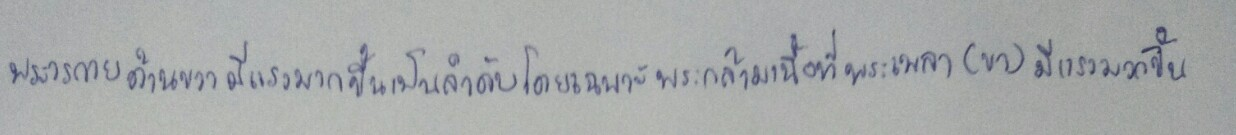
พระวรกายด้านขวามีแรงมากขึ้นเป็นลำดับโดยเฉพาะพระกล้ามเนื้อที่พระเพลา(ขา)มีแรงมากขึ้น